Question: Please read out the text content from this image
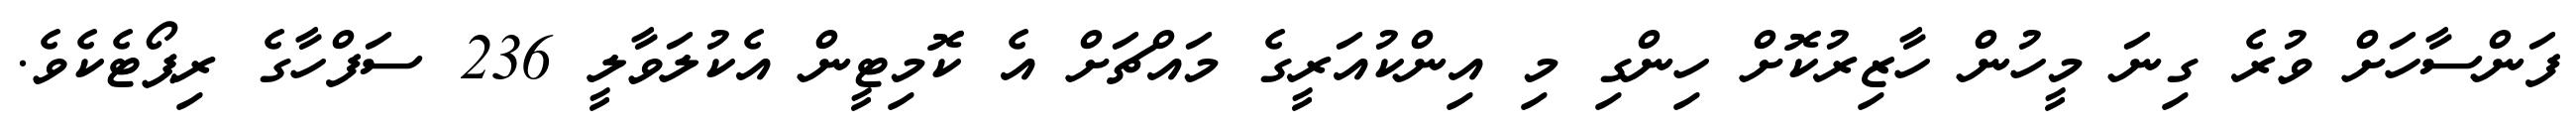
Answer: ފަންސާހަށް ވުރެ ގިނަ މީހުން ހާޒިރުކޮށް ހިންގި މި އިންކުއަރީގެ މައްޗަށް އެ ކޮމިޓީން އެކުލަވާލީ 236 ސަފްހާގެ ރިޕޯޓެކެވެ.